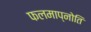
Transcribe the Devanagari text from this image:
फलमाप्नोति